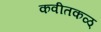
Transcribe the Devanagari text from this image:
कवीतकळ्